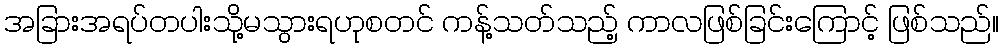
အခြားအရပ်တပါးသို့မသွားရဟုစတင် ကန့်သတ်သည့် ကာလဖြစ်ခြင်းကြောင့် ဖြစ်သည်။